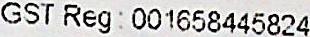
GST REG : 001658445824